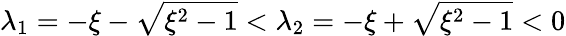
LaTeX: \lambda_{1}=-\xi-\sqrt{\xi^{2}-1}<\lambda_{2}=-\xi+\sqrt{\xi^{2}-1}<0